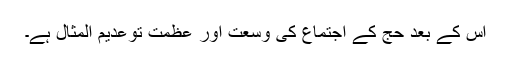
اس کے بعد حج کے اجتماع کی وسعت اور عظمت توعدیم المثال ہے۔